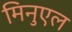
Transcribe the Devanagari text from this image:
मिनुएल